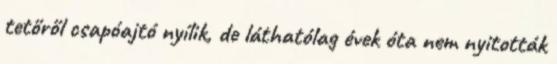
tetőről csapóajtó nyílik, de láthatólag évek óta nem nyitották